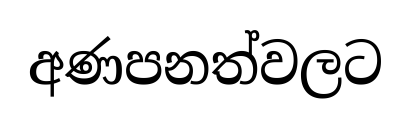
අණපනත්වලට